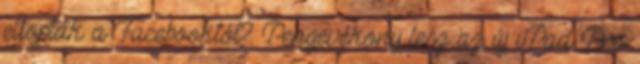
ellopták a Facebooktól? Pengevékony lesz az új iPad Pro